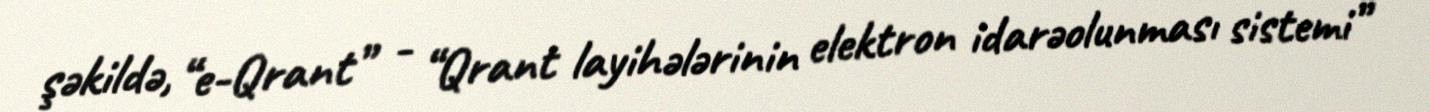
şəkildə, “e-Qrant” - “Qrant layihələrinin elektron idarəolunması sistemi”